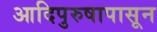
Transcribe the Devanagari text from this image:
आदिपुरुषापासून